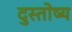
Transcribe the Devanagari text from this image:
दुस्तोष्य